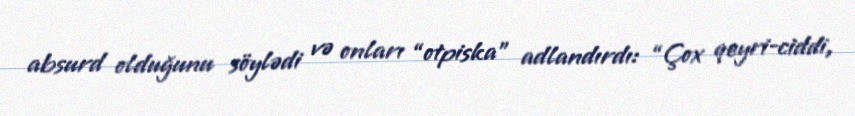
absurd olduğunu söylədi və onları “otpiska” adlandırdı: “Çox qeyri-ciddi,